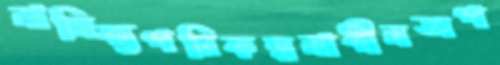
নাসিক্যপরিকল্পনাধীনঅপ